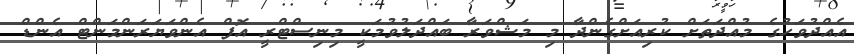
އެއްދުވަހުގެ މުއްދަތަށް ކުރިއަށްގެންދާ މި މަޝްވަރާ ބައްދަލުވުމަކީ މިނިސްޓްރީ އޮފް އެންވަޔަރަންމަންޓް އެންޑް